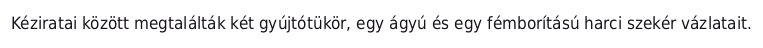
Kéziratai között megtalálták két gyújtótükör, egy ágyú és egy fémborítású harci szekér vázlatait.